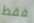
فقط